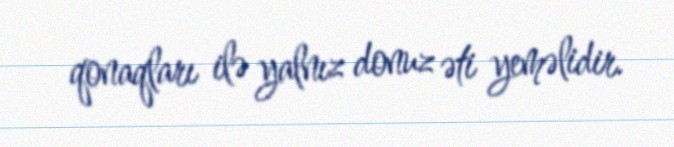
qonaqları ilə yalnız donuz əti yeməlidir.